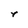
Character: r